Eesti_Vabariigi_Tartu_Ulikool, lk 3
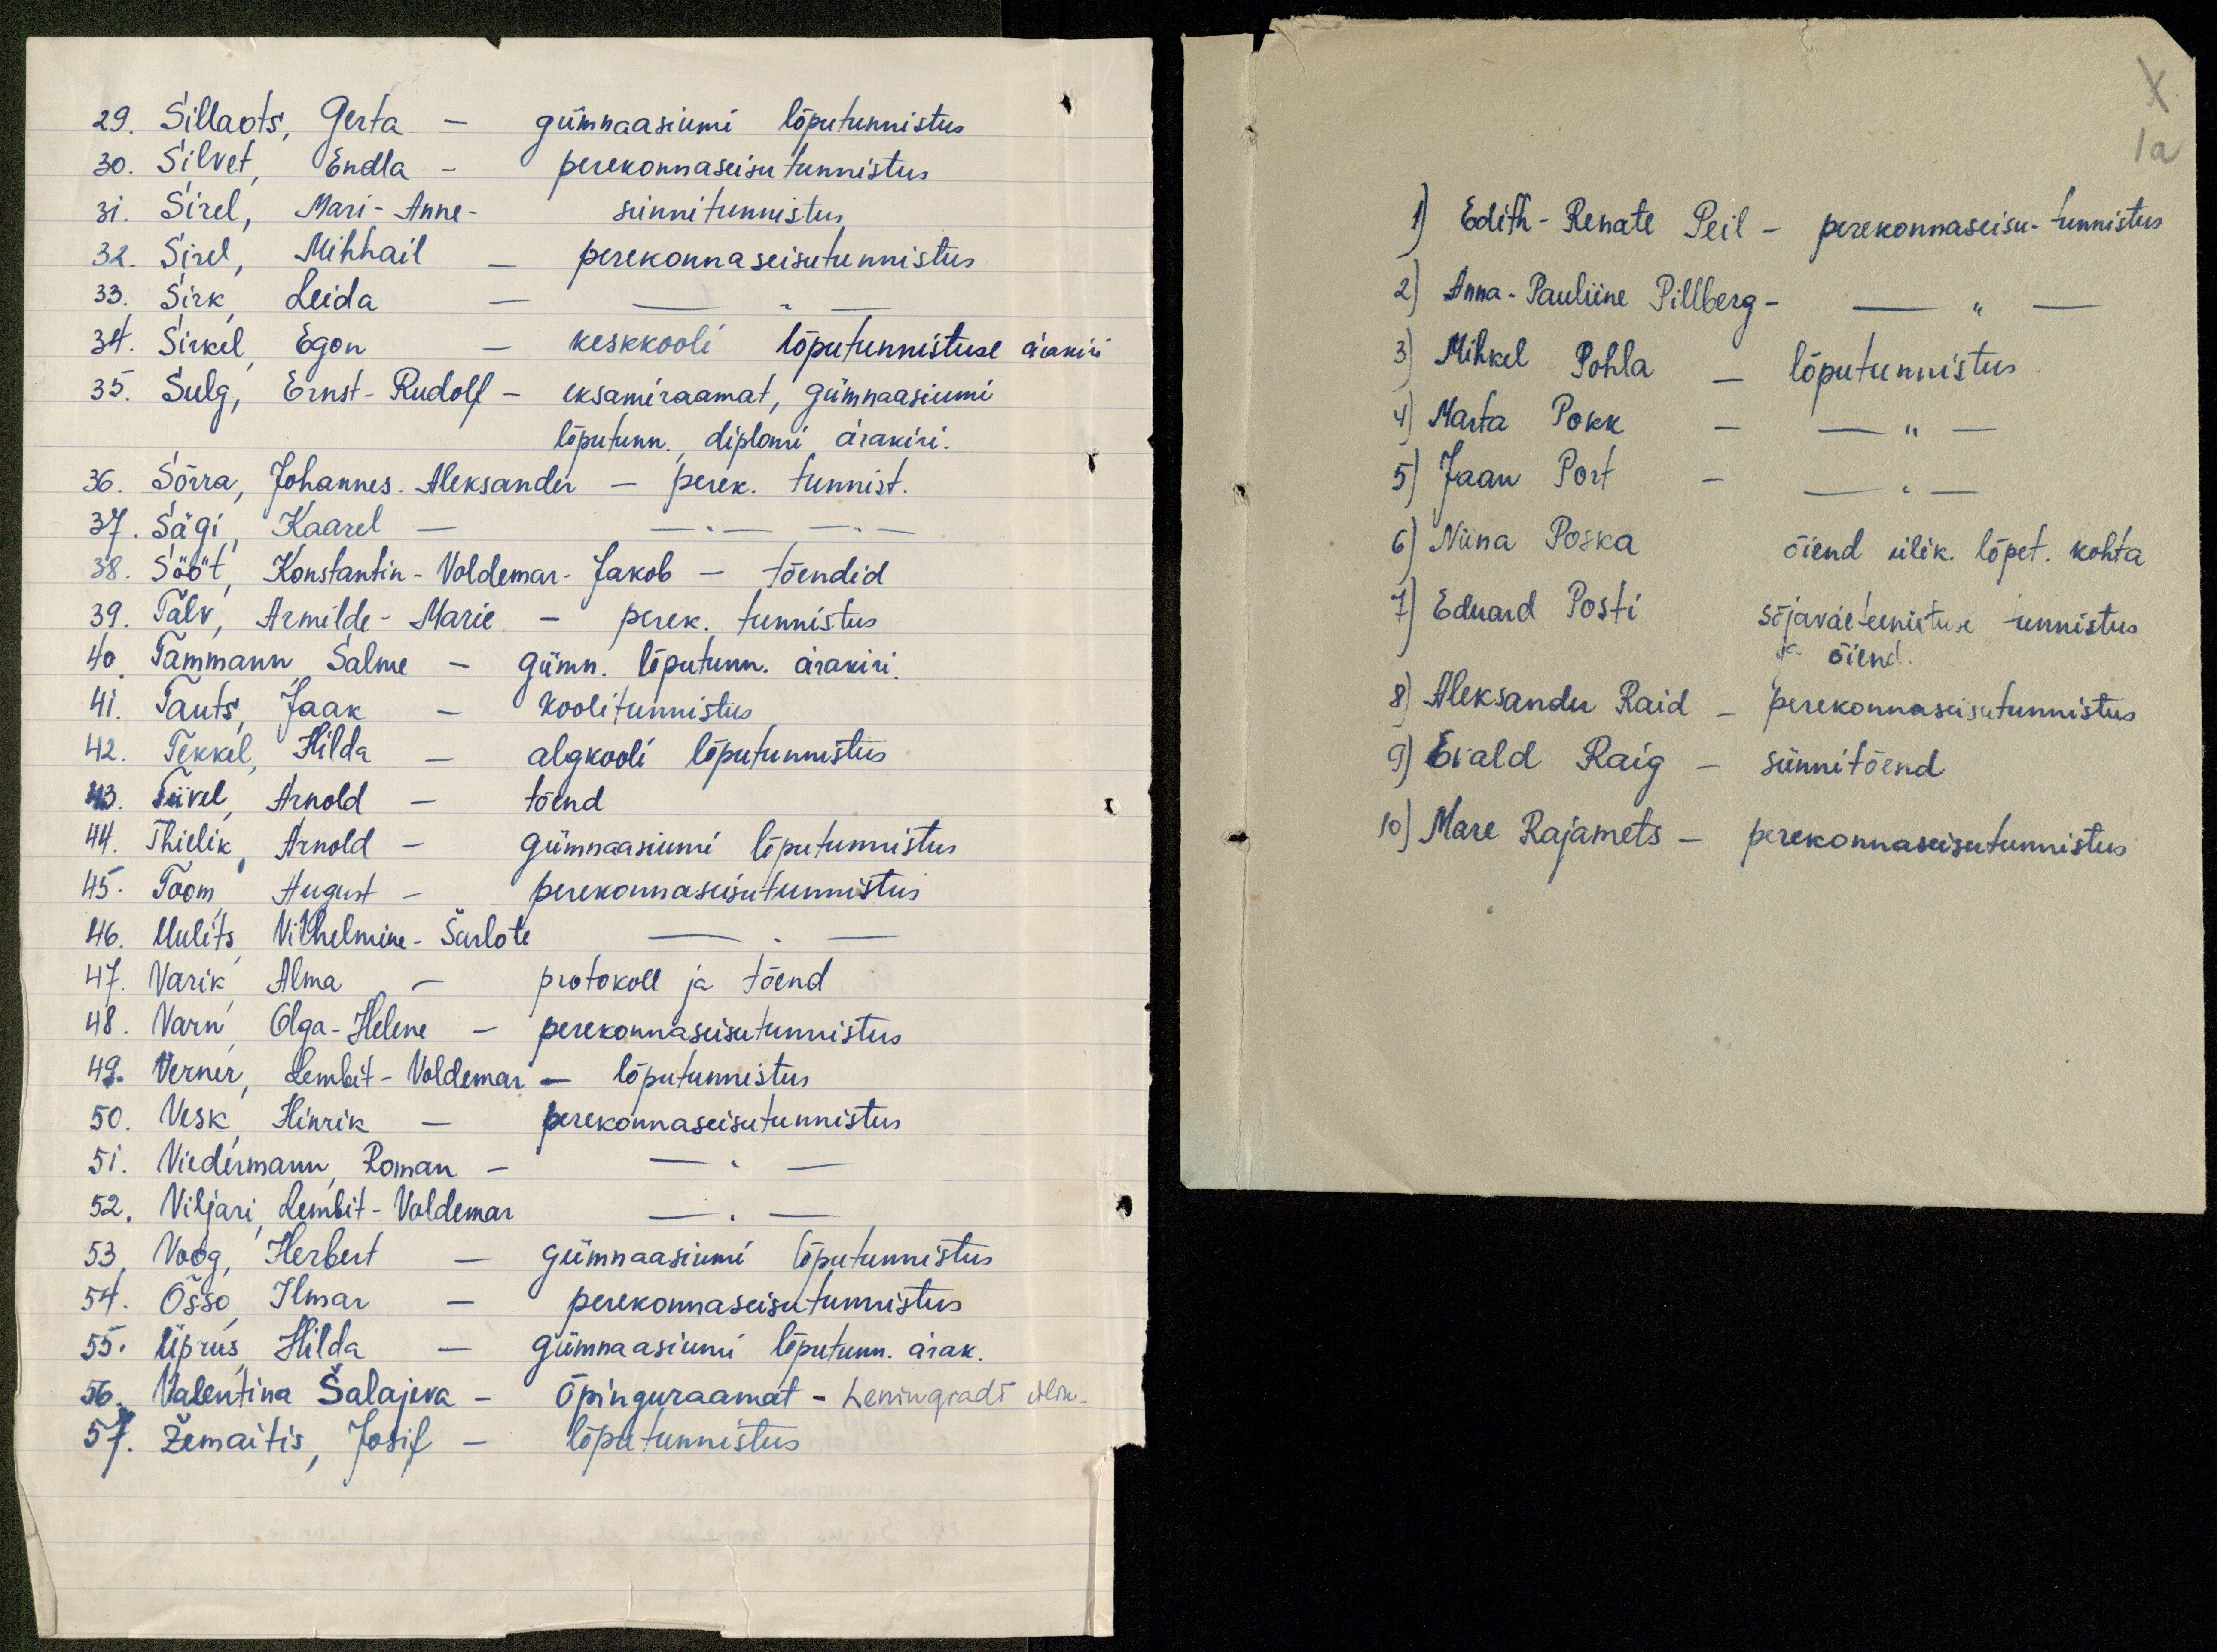
29. Sillaots, Gerta - gümnaasiumi lõputunnistus
30. Silvet, Endla - perekonnaseisu tunnistus
31. Sirel, Mari- Anne- sünnitunnistus
32. Sirel, Mihhail - perekonnaseisutunnistus
33. Sirk, Leida - -
34. Sirkel, Egon - keskkooli lõputunnistuse ärakiri
35. Sulg, Ernst-Rudolf - eksamiraamat, Gümnaasiumi
lõputunn. Liploni ärakiri.
36. Sõrra, Johannes. Aleksander - perek. tunnist.
37. Sägi, Kaarel - -"- -"-
38. Sööt, Konstantin-Voldemar-Jakob - tõendid
39. Talv, Armilde-Marie - perek. tunnistus
40 Tammann Salme - gümn. lõputunn. ärakiri.
41. Tauts Jaak - koolitunnistus
42. Tekkel Hilda - algkooli lõputunnistus
43. Liivel, Arnold - tõend
44. Thielik Arnold - Gümnaaniumi lõputumistus
45. Toom, August - perekonnaseisu tunnistus
46. Uulits, Vilhelmine-Šarlote -"-
47. Varik, Alma, - protokoll ja tõend
48. Varn, Olga-Helene - perekonnaseisutunnistus
49. Verner, Lembit-Voldemar - lõputunnistus
50. Vesk, Hinrik - perekonnaseisutunnistus
51. Viedermann, Roman - - " -
52. Viljari, Lembit-Valdemar -.-
53. Voog, Herbert - gümnaasiumi lõputunnistus
54. Össo, Ilmar - perekonnaseisutunnistus
55. Üprus, Hilda - Gümnaasiumi lõputunn. ärak.
56. Valentina Šalajeva - õpinguraamat - hemingradi ülik.
57. Žemaitis, Josif - lõputunnistus

X
I a

1) Edith-Remate Peil - perekonnaseisu-tunnistus
2) Anna-Pauliine Pillberg - - " -
3) Mihkel Pohla - lõputunnistus.
4) Marta Pokk - - " -
5) Jaan Port - -"-
6) Niina Poska õiend ülik. lõpet. kohta
7) Eduard Posti sõjaväeteenistuse tunnistus
ja õiend
8) Aleksander Raid - perekonnaseisutunnistus
9) Evald Raig - sünnitõend
10) Marie Rajamets - perekonnaseisutunnistus